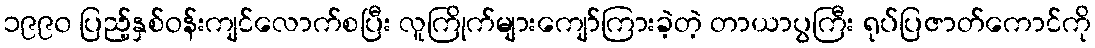
၁၉၉၀ ပြည့်နှစ်ဝန်းကျင်လောက်စပြီး လူကြိုက်များကျော်ကြားခဲ့တဲ့ တာယာပွကြီး ရုပ်ပြဇာတ်ကောင်ကို